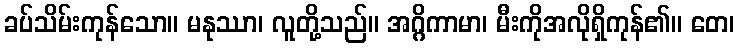
ခပ်သိမ်းကုန်သော။ မနုဿာ၊ လူတို့သည်။ အဂ္ဂိကာမာ၊ မီးကိုအလိုရှိကုန်၏။ တေ၊